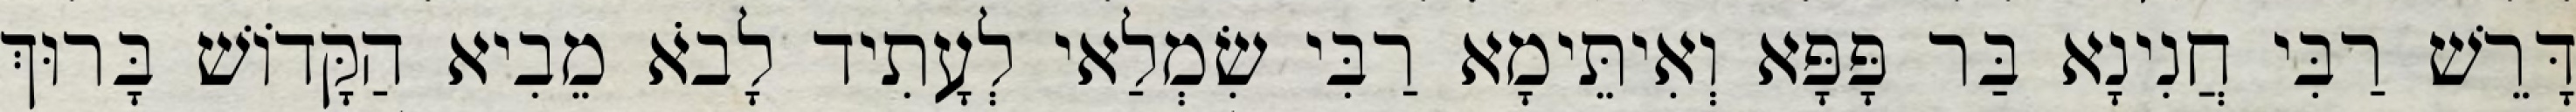
דָּרֵשׁ רַבִּי חֲנִינָא בַּר פָּפָּא וְאִיתֵּימָא רַבִּי שִׂמְלַאי לְעָתִיד לָבֹא מֵבִיא הַקָּדוֹשׁ בָּרוּךְ